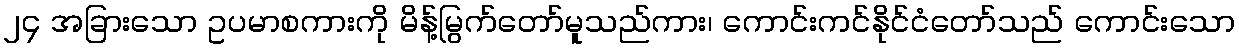
၂၄ အခြားသော ဥပမာစကားကို မိန့်မြွက်တော်မူသည်ကား၊ ကောင်းကင်နိုင်ငံတော်သည် ကောင်းသော